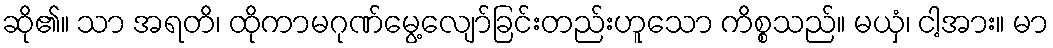
ဆို၏။ သာ အရတိ၊ ထိုကာမဂုဏ်မွေ့လျော်ခြင်းတည်းဟူသော ကိစ္စသည်။ မယှံ၊ ငါ့အား။ မာ